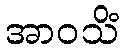
အာဝသိံ